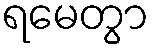
ရမေတွာ